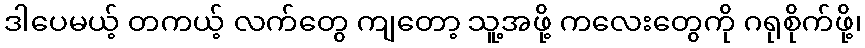
ဒါပေမယ့် တကယ့် လက်တွေ ကျတော့ သူ့အဖို့ ကလေးတွေကို ဂရုစိုက်ဖို့၊